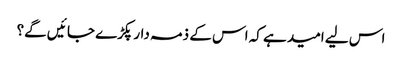
اس لیے امید ہے کہ اس کے ذمہ دار پکڑے جا ئیں گے؟